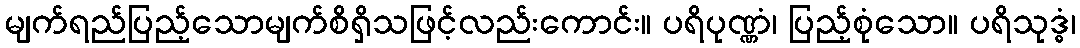
မျက်ရည်ပြည့်သောမျက်စိရှိသဖြင့်လည်းကောင်း။ ပရိပုဏ္ဏံ၊ ပြည့်စုံသော။ ပရိသုဒ္ဓံ၊